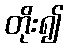
တိုး၍